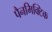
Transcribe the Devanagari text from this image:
पैनमिक्टिक